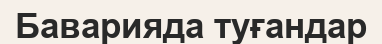
Баварияда туғандар